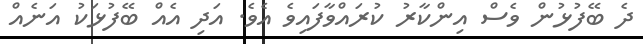
ދެ ބޭފުޅުން ވެސް އިންކާރު ކުރައްވާފައިވެ އެވެ. އަދި އެއް ބޭފުޅަކު އަނެއް